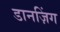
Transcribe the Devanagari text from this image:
डानज़िंग